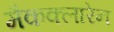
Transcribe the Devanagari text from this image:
मैकक्लारेन